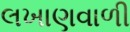
લખાણવાળી